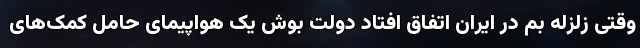
وقتی زلزله بم در ایران اتفاق افتاد دولت بوش یک هواپیمای حامل کمک‌های